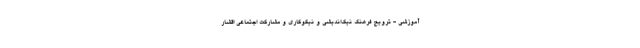
آموزشی - ترویج فرهنگ نیک‌اندیشی و نیکوکاری و مشارکت اجتماعی اقشار